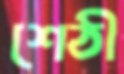
শেঠী